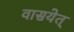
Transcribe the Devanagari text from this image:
वासयेत्